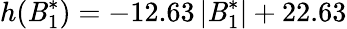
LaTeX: h(\mathit{B}_{1}^{*})=-12.63\, \lvert\mathit{B}_{1}^{*}\rvert+22.63